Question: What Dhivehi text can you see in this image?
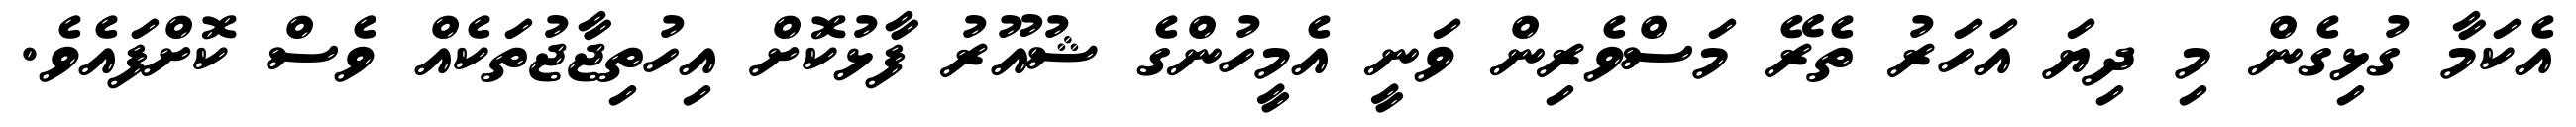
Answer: އެކަމާ ގުޅިގެން މި ދިޔަ އަހަރު ތެރޭ މަސްވެރިން ވަނީ އެމީހުންގެ ޝުއޫރު ފާޅުކޮށް އިހުތިޖާޖުތަކެއް ވެސް ކޮށްފައެވެ.